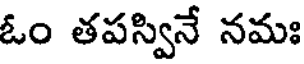
ఓం తపస్వినే నమః